Civil Veterinary Department Bihar reports 1936-40 - 1936-1940
Year: 1936
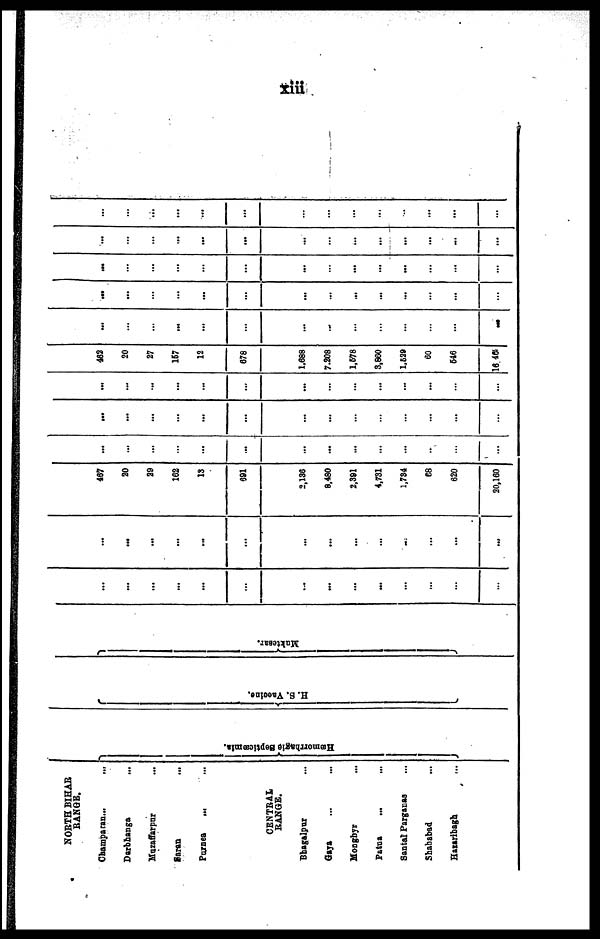
xiii
NORTH BIHAR
RANGE.
Champaran ... ...
Darbhanga ...
Mazaffarpur ...
Saran
...
Purnea
... ...
CENTRAL
RANGE.
Bhagalpur ...
Gaya ... ...
Monghyr ...
Patna ... ...
Santal Parganas ...
Shahabad ...
Hazaribagh ...
Hæmorrhagic Septicæmia. H. S. Vaccine. Muktesar.
...
...
...
...
…
…
...
...
…
...
…
…
…
…
…
...
...
...
...
…
...
...
…
…
...
...
…
...
467
20
29
162
13
691
2,136
8,480
2,391
4,731
1,784
68
620
30,160
...
…
…
…
...
…
…
...
…
…
...
..
…
...
...
...
...
…
...
…
…
…
…
…
…
...
…
…
...
…
…
…
…
…
...
…
…
…
...
...
…
…
462
20
27
167
12
678
1.688
7.208
1,678
3,860
1,629
60
646
16 468
...
…
…
...
...
…
…
...
…
…
…
…
…
...
...
...
…
…
...
…
...
…
...
...
…
…
...
…
...
…
…
…
…
…
...
…
...
…
...
…
...
…
...
…
…
...
...
...
…
…
…
…
...
…
...
…
…
…
...
...
...
...
…
…
…
…
…
...
...
…